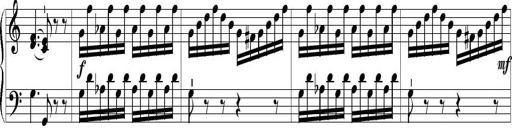
Title: 6 Leichte Sonatinen, Teil 1
Composer: F. Sigismund Sander